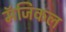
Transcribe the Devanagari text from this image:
मॅजिकल